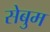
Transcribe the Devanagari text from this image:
सेबुम